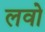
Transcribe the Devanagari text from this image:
लवो